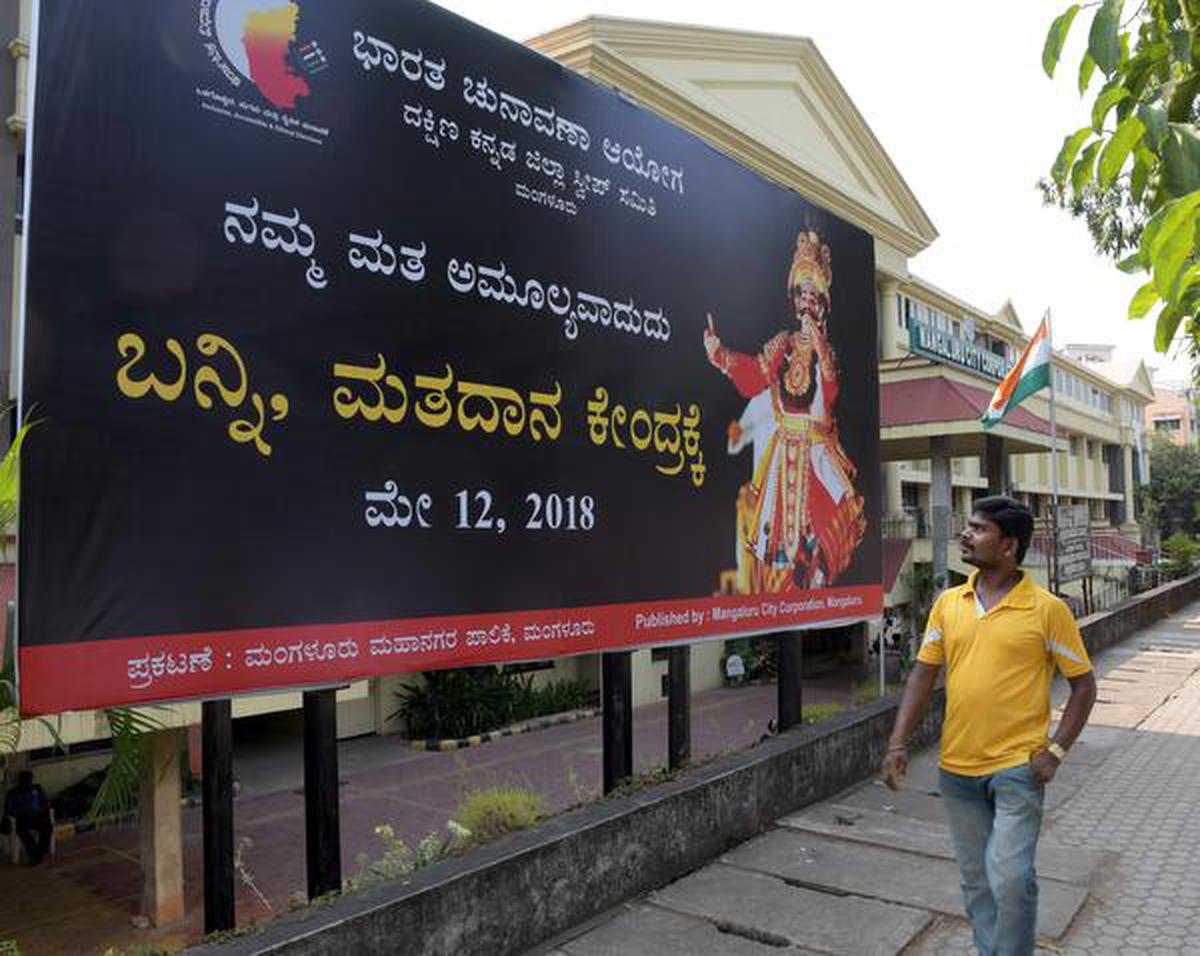
Language: kannada
Transcription: ಭಾರತ ದಕ್ಷಿಣ ಅಮೂಲ್ಯವಾದುದು ಮೇ ಮತ ಬನ್ನಿ ಮತದಾನ ಕೇಂದ್ರಕ್ಕೆ ಚುನಾವಣಾ ಪ್ರಕಟಣೆ ಮಂಗಳೂರು ನಮ್ಮ